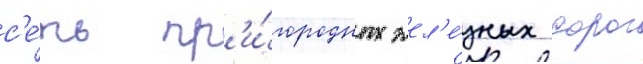
с'е́ть пр'и́городных жел'е́зных дорог